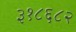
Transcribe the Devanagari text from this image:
३१८६८२